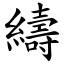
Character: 䌧